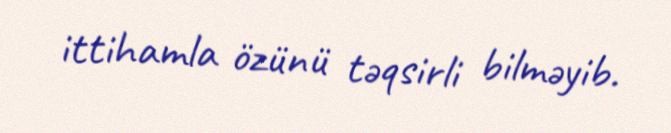
ittihamla özünü təqsirli bilməyib.